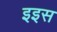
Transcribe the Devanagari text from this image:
इइस